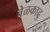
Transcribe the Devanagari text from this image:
वेळकाढु